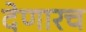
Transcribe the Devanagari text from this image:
देणारच